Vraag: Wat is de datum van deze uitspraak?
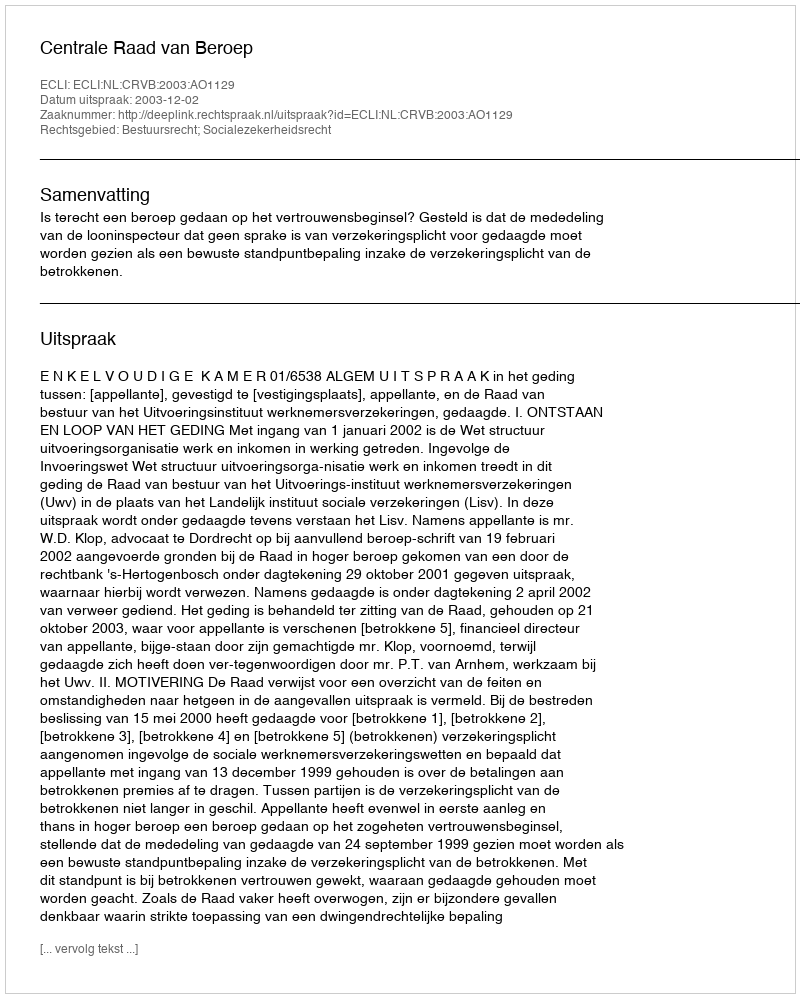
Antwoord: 2003-12-02